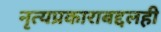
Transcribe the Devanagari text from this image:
नृत्यप्रकाराबद्दलही